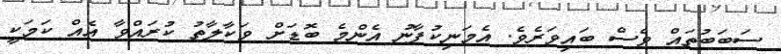
ސަބަބުތައް ވެސް ބައިވަރެވެ. އެމަނިކުފާނު އެންމެ ބޮޑަށް ވަކާލާތު ކުރައްވާ އެއް ކަމަކީ